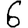
Digit: 6